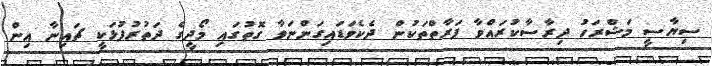
ސިޔާސީ މަޝްރަހު ދިރާސާކުރައްވާ ފަރާތްތަކުން ދެކެވަޑައިގަންނަވާ ގޮތުގައި މޯދީގެ ދަތުރުފުޅަކީ ޗައިނާ އިން